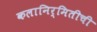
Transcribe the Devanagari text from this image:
कलानिर्मितीची